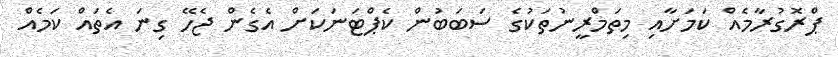
ޕްރޮގުރާމެއް ކަމަށާއި މިތަމްރީނުތަކުގެ ސަބަބުން ކެޕްޓަނަކަށް އެގެން ޖެހޭ ގިނަ އެތައް ކަމެއް